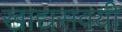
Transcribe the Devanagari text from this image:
खाद्यसवयी